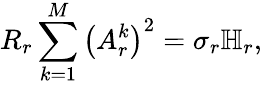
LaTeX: R_{r}\sum_{k=1}^{M}\left(A_{r}^{k}\right)^{2}=\sigma_{r}\mathbb{H}_{r},